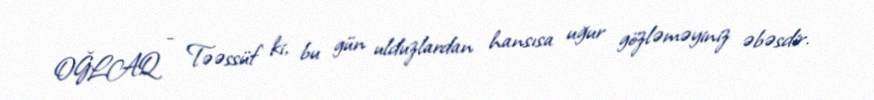
OĞLAQ - Təəssüf ki, bu gün ulduzlardan hansısa uğur gözləməyiniz əbəsdir.